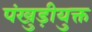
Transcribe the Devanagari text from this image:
पंखुड़ीयुक्त